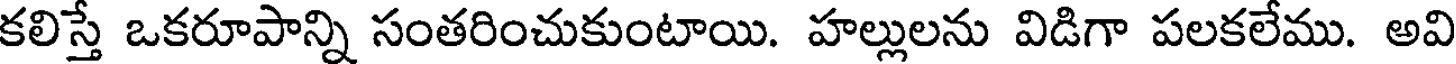
కలిస్తే ఒకరూపాన్ని సంతరించుకుంటాయి. హల్లులను విడిగా పలకలేము. అవి